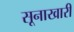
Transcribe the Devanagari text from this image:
सूनाखारी